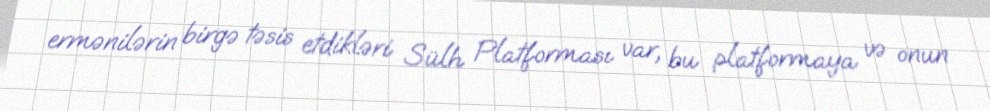
ermənilərin birgə təsis etdikləri Sülh Platforması var, bu platformaya və onun